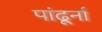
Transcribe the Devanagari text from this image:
पांढूर्ना